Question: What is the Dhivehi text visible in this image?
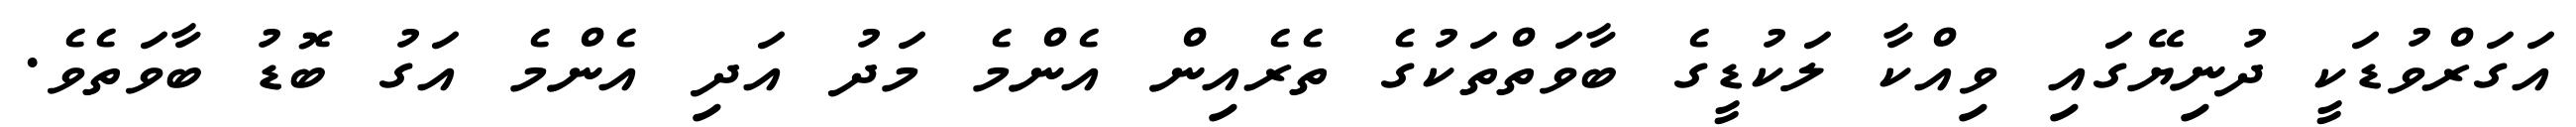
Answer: އަގަރްވުޑަކީ ދުނިޔޭގައި ވިއްކާ ލަކުޑީގެ ބާވަތްތަކުގެ ތެރެއިން އެންމެ މަދު އަދި އެންމެ އަގު ބޮޑު ބާވަތެވެ.